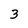
Character: 3